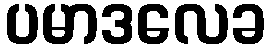
ပမာဒလေခ